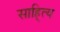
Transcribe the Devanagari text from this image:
साहि्त्य